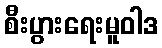
စီးပွားရေးမူဝါဒ